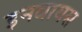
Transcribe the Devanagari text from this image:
इनवायस